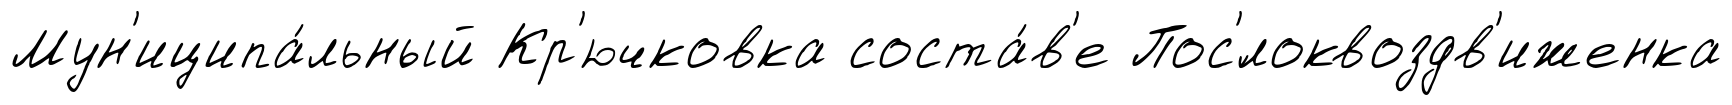
Мун'иципа́льный Кр'ючковка соста́в'е Пос'́локвоздв'иженка